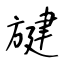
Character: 旔